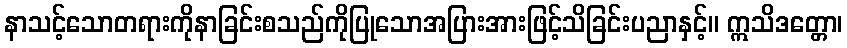
နာသင့်သောတရားကိုနာခြင်းစသည်ကိုပြုသောအပြားအားဖြင့်သိခြင်းပညာနှင့်။ ဣသိဒတ္တော၊